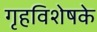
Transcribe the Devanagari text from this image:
गृहविशेषके